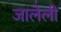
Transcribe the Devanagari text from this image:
जालेली